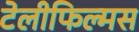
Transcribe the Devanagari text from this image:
टेलीफिल्मस